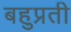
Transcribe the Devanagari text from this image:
बहुप्रती